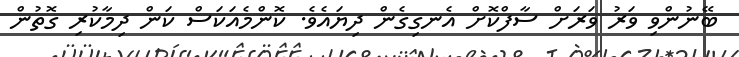
ބޭނުންވި ވަރު ވަރަށް ސާފްކޮށް އެނގިގެން ދިޔައެވެ. ކޮންމެއަކަސް ކަން ދިމާކުރި ގޮތުން